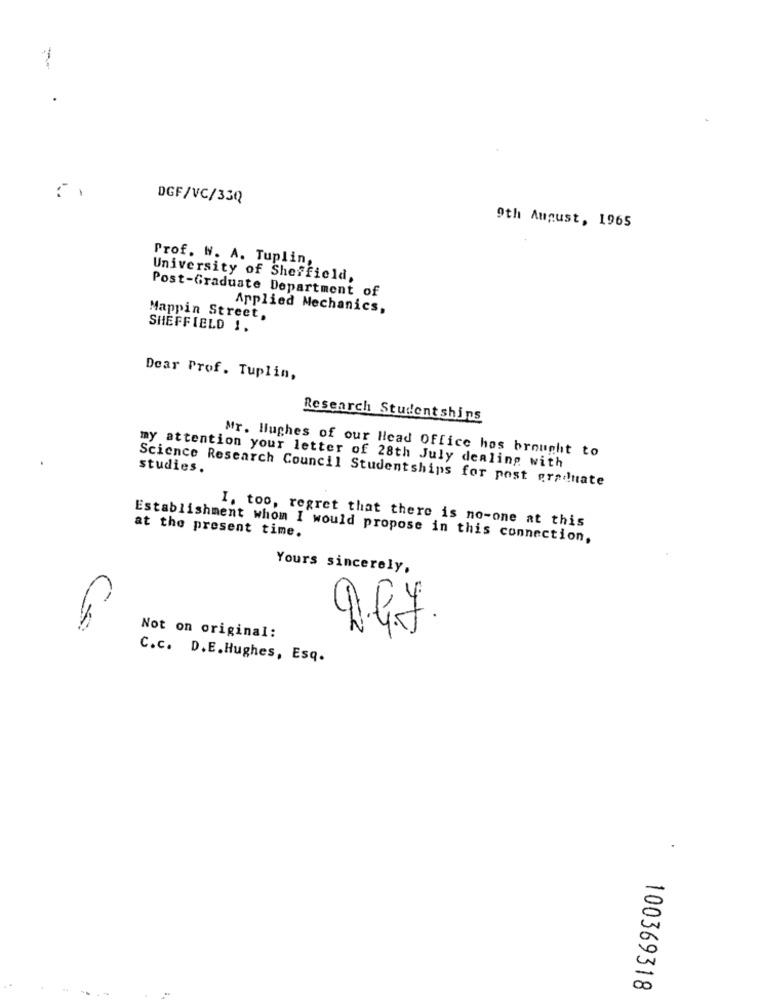
.
DGF/VC/33Q
9th August, 1965
Prof. W. A. Tuplin,
University of Sheffield,
Post-Graduate Department of
Applied Mechanics,
Mappin Street,
SHEFFIELD 1.
Dear Prof. Tuplin,
Research Studentshins
Mr. Hughes of our Head Office has brought to
my attention your letter of 28th July dealing with
studies.
Science Research Council Studentships for post graduate
I, too, regret that there is no-one at this
Establishment whom I would propose in this connection,
at the present time.
Yours sincerely,
4
Not on original:
C.c. D.E.Hughes, Esq.
..
100369318